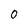
Character: 0